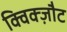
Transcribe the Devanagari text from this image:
क्विक्ज़ौट